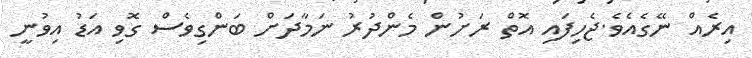
އިރެއް ނޭގެއެވެ.ޖެހިފައި އޮތް ރަށުން މެންދުރު ނަމާދަށް ބަންގިވެސް ގޮވި އަޑު އިވުނީ